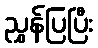
ညွှန်ပြပြီး